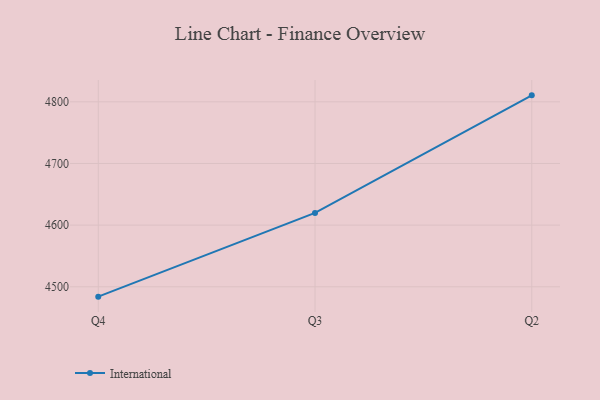
{"axis": {"x": "Quarter", "y": "Waste Production (Tons)"}, "legend": ["International"], "data": [{"x": "Q4", "y": 4484.0, "type": "International"}, {"x": "Q3", "y": 4619.8, "type": "International"}, {"x": "Q2", "y": 4810.5, "type": "International"}]}